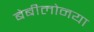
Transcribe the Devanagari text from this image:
बेबीलोनया